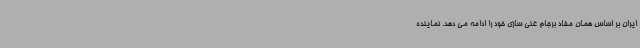
ایران بر اساس همان مفاد برجام غنی سازی خود را ادامه می دهد. نماینده